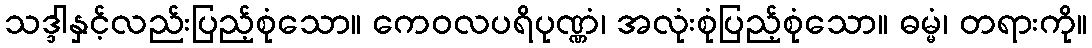
သဒ္ဒါနှင့်လည်းပြည့်စုံသော။ ကေဝလပရိပုဏ္ဏံ၊ အလုံးစုံပြည့်စုံသော။ ဓမ္မံ၊ တရားကို။